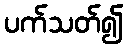
ပက်သတ်၍